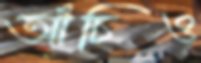
আঁচিও